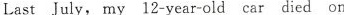
Last July, my 12-year-old car died on